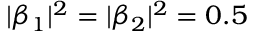
| \beta _ { 1 } | ^ { 2 } = | \beta _ { 2 } | ^ { 2 } = 0 . 5